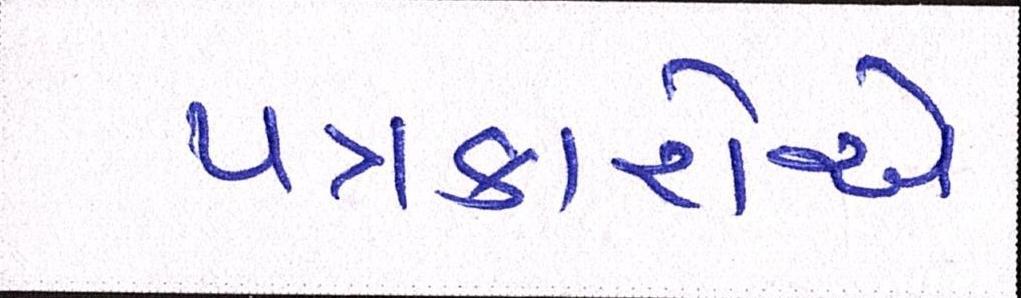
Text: પત્રકારોએ